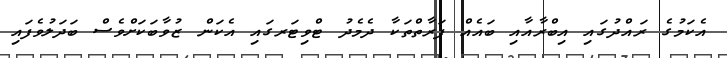
އެކަމުގެ ރައްދުގައި އިބްރާއާއި ބައެއް ފަރާތްތަކާ ދެމެދު ޓްވިޓަރގައި އެކަން ޒުވާބަކަށްވެސް ބަދަލުވެފައި